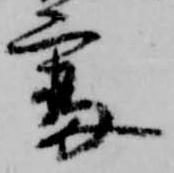
審